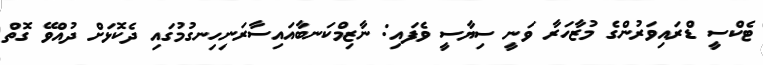
ޓެކްސީ ޑްރައިވަރުންގެ މުޒާހަރާ ވަނީ ސިޔާސީ ވެފައި: ނާޒިމްކަނބާއައިސާރަނިހިނގުމުގައި ދެކޮޅަށް ދުއްވޭ ގޮތް